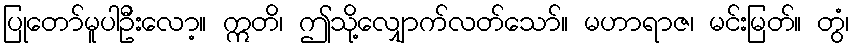
ပြုတော်မူပါဦးလော့။ ဣတိ၊ ဤသို့လျှောက်လတ်သော်။ မဟာရာဇ၊ မင်းမြတ်။ တွံ၊